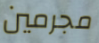
مجرمين